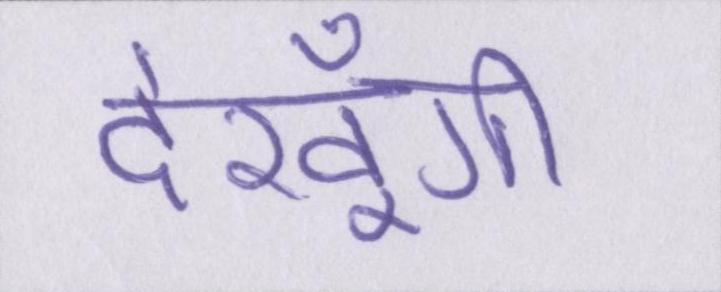
देखूँगी